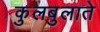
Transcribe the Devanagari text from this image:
कुलबुलाते